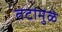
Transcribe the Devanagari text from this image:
तटांमुळे